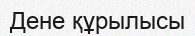
Дене құрылысы